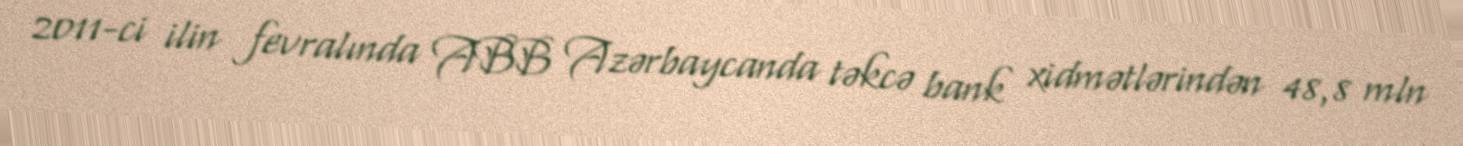
2011-ci ilin fevralında ABB Azərbaycanda təkcə bank xidmətlərindən 48,8 mln